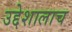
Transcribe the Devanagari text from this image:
उद्देशालाच